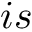
i s